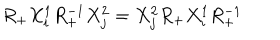
LaTeX: R _ { + } X _ { i } ^ { 1 } R _ { + } ^ { - 1 } X _ { j } ^ { 2 } = X _ { j } ^ { 2 } R _ { + } X _ { i } ^ { 1 } R _ { + } ^ { - 1 }